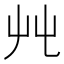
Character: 𡴂